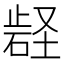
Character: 𭭬